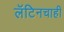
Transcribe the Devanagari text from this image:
लॅटिनचाही